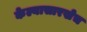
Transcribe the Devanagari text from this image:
केल्यासारखेच